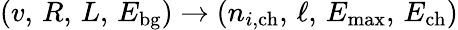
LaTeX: (v,\, R,\, L,\, E_{\mathrm{bg}})\to(n_{i,\mathrm{ch}},\, \ell,\, E_{\mathrm{max}},\, E_{\mathrm{ch}})